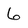
Character: 6